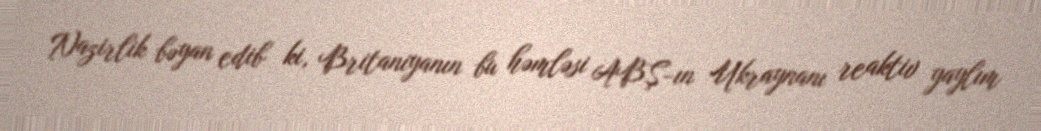
Nazirlik bəyan edib ki, Britaniyanın bu həmləsi ABŞ-ın Ukraynanı reaktiv yaylım